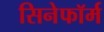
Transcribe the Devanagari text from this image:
सिनेफॉर्म